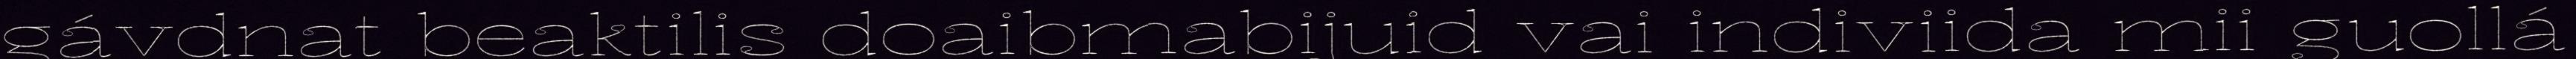
gávdnat beaktilis doaibmabijuid vai indiviida mii guollá